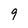
Character: 9